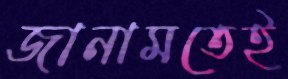
জানামতেই